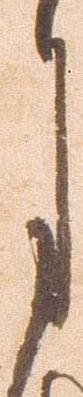
月